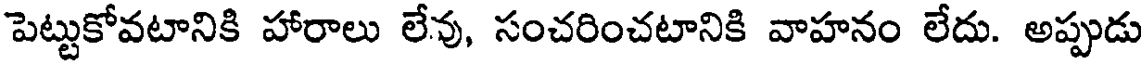
పెట్టుకోవటానికి హారాలు లేవు, సంచరించటానికి వాహనం లేదు. అప్పుడు